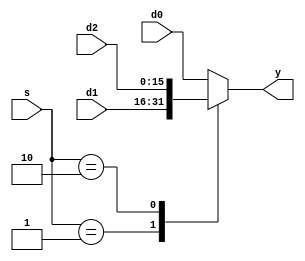
`timescale 1ns / 1ns
module three_to_one_mux(d0,d1,d2,s,y);
input [15:0] d0, d1, d2;
input [1:0] s;
output [15:0] y;
reg [15:0] y;

always@(d0 or d1 or d2 or s)
begin
case(s)
      2'b00  : y = d0;
      2'b01  : y = d1;
      2'b10  : y = d2;
      default : y = d0; 
endcase
end
endmodule